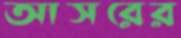
আসরের